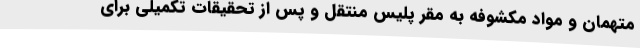
متهمان و مواد مکشوفه به مقر پلیس منتقل و پس از تحقیقات تکمیلی برای